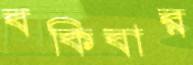
বকিবার